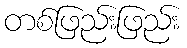
တစ်ဖြည်းဖြည်း